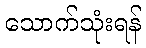
သောက်သုံးရန်